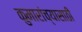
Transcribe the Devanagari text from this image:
कुमारांच्यासाठी